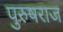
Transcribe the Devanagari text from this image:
पुरुषराज